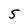
Character: 5